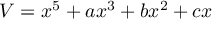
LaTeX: V = x ^ { 5 } + a x ^ { 3 } + b x ^ { 2 } + c x